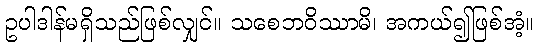
ဥပါဒါန်မရှိသည်ဖြစ်လျှင်။ သစေဘဝိဿာမိ၊ အကယ်၍ဖြစ်အံ့။